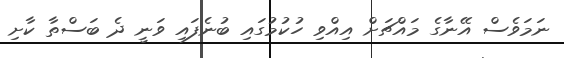
ނަމަވެސް އޭނާގެ މައްޗަށް އިއްވި ހުކުމުގައި ބުނެފައި ވަނީ ދެ ބަސްތާ ކާށި